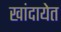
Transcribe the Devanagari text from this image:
खांदायेत